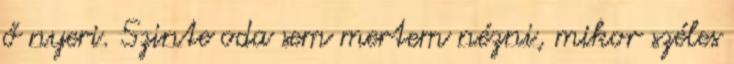
ő nyeri. Szinte oda sem mertem nézni, mikor széles